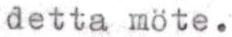
detta möte.